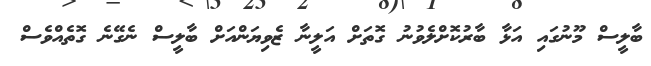
ބާލީސް މޫނުގައި އަޅާ ބާރުކޮށްލެވުނު ގޮތަށް އަލީނާ ޒެވިޔަންއަށް ބާލީސް ނެގޭނެ ގޮތެއްވެސް